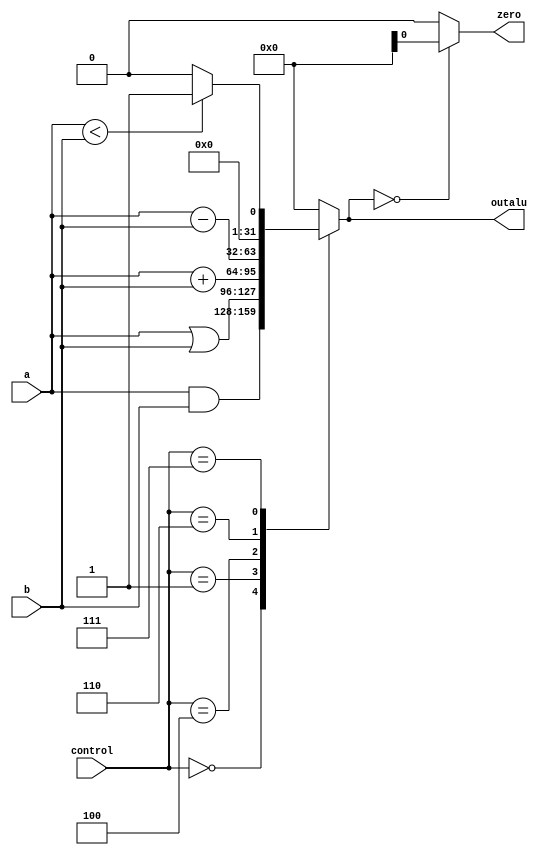
module alu_mips(a, b, control, outalu, zero);
input [31:0] a, b;
input [2:0] control;
output reg [31:0] outalu;
output zero;

always@(control, a, b)
begin
	case(control)
		0 : outalu=a&b;
		1 : outalu= a|b;
		4 : outalu=a+b;
		6 : outalu=a-b;
		7 : outalu=a<b?1:0;
		12 : outalu=~(a|b);
		default : outalu=0;
	endcase
end

assign zero=outalu==0?x1:0;

endmodule